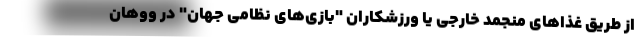
از طریق غذاهای منجمد خارجی یا ورزشکاران "بازی‌های نظامی جهان" در ووهان